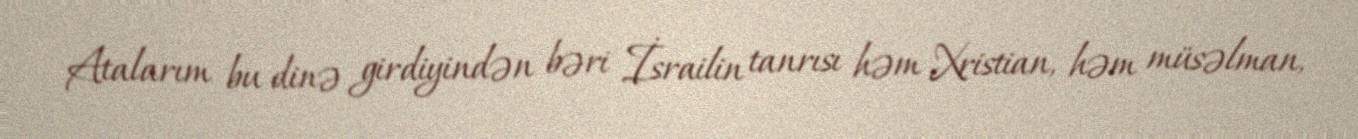
Atalarım bu dinə girdiyindən bəri İsrailin tanrısı həm Xristian, həm müsəlman,